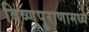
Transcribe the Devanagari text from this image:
विष्णुपुराणामध्ये